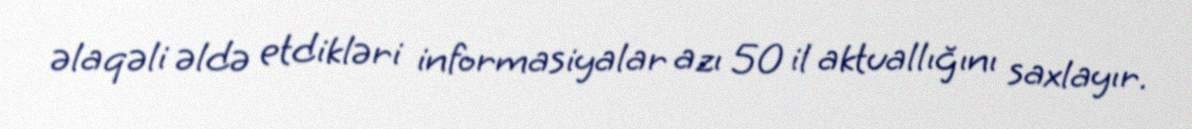
əlaqəli əldə etdikləri informasiyalar azı 50 il aktuallığını saxlayır.